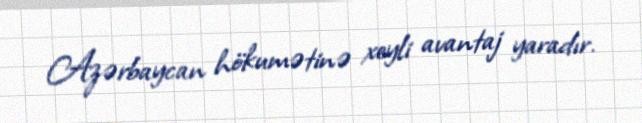
Azərbaycan hökumətinə xeyli avantaj yaradır.